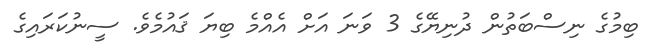
ބިމުގެ ނިސްބަތުން ދުނިޔޭގެ 3 ވަނަ އަށް އެއްމެ ބިޔަ ޤައުމެވެ. ސީނުކަރައިގެ